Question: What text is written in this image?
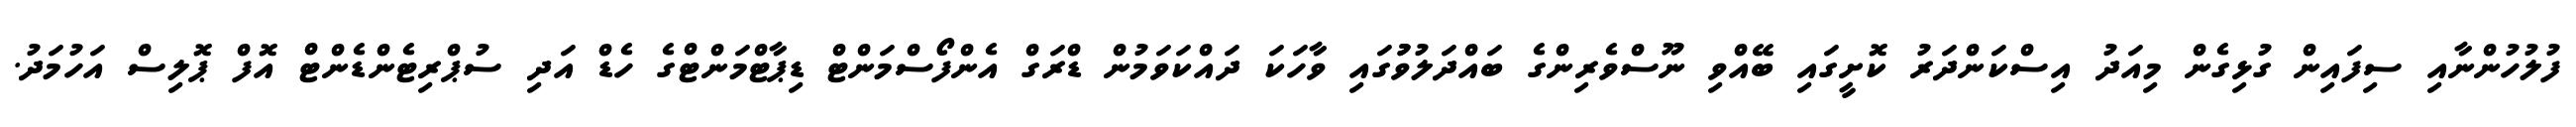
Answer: ފުލުހުންނާއި ސިފައިން ގުޅިގެން މިއަދު އިސްކަންދަރު ކޮށީގައި ބޭއްވި ނޫސްވެރިންގެ ބައްދަލުވުުގައި ވާހަކަ ދައްކަވަމުން ޑްރަގް އެންފޯސްމަންޓް ޑިޕާޓްމަންޓްގެ ހެޑް އަދި ސުޕްރިޓެންޑެންޓް އޮފް ޕޮލިސް އަހުމަދު.